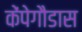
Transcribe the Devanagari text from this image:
केंपेगौडास